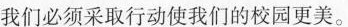
我们必须采取行动使我们的校园更美。